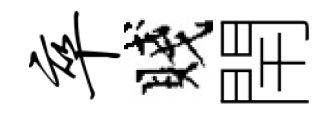
卒賤閈